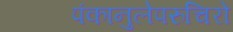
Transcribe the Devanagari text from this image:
पंकानुलेपरुचिरो